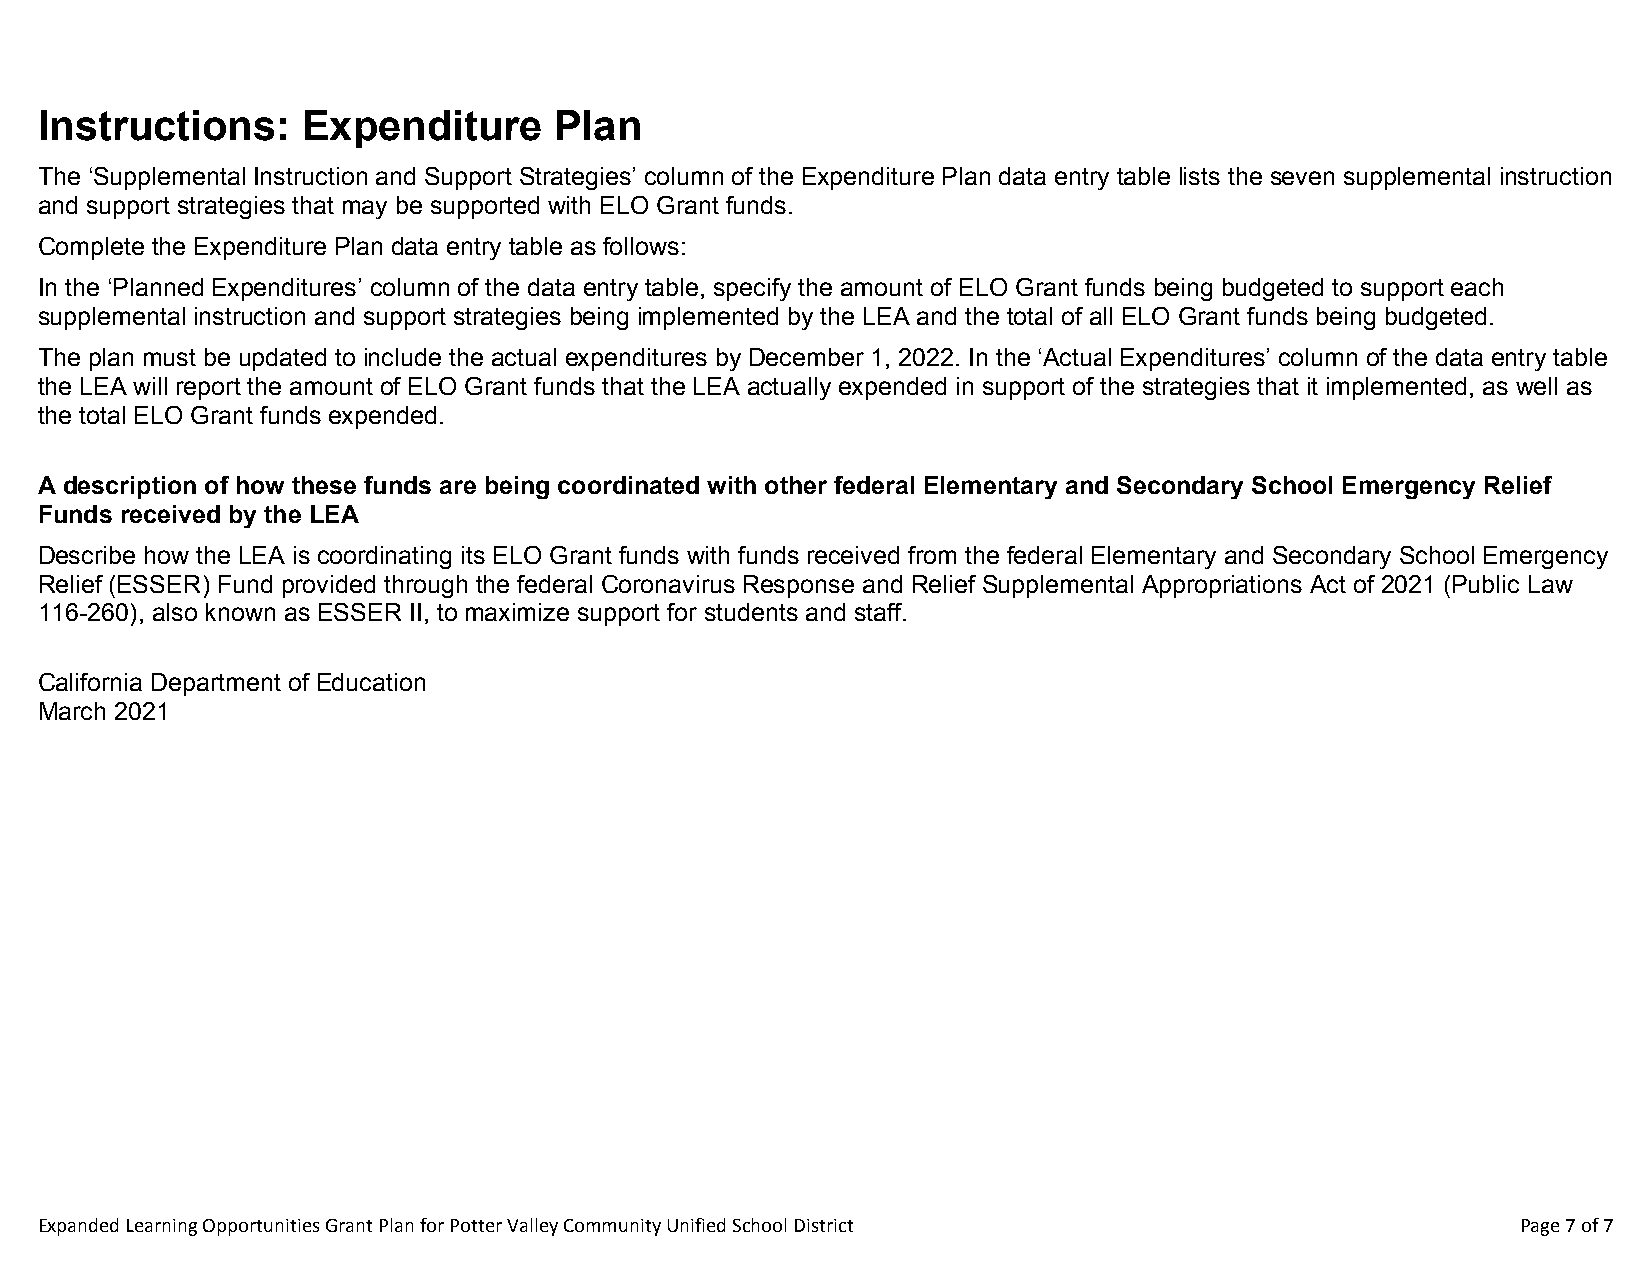
Instructions:     Expenditure      Plan
 The ‘Supplemental Instruction and Support Strategies’ column of the Expenditure Plan data entry table lists the seven supplemental instruction
 and support strategies that may be supported with ELO Grant funds.
 Complete the Expenditure Plan data entry table as follows:
 In the ‘Planned Expenditures’ column of the data entry table, specify the amount of ELO Grant funds being budgeted to support each
 supplemental instruction and support strategies being implemented by the LEA and the total of all ELO Grant funds being budgeted.
 The plan must be updated to include the actual expenditures by December 1, 2022. In the ‘Actual Expenditures’ column of the data entry table
 the LEA will report the amount of ELO Grant funds that the LEA actually expended in support of the strategies that it implemented, as well as
 the total ELO Grant funds expended.
 A description of how these funds are being coordinated with other federal Elementary and Secondary School Emergency Relief
 Funds received by the LEA
 Describe how the LEA is coordinating its ELO Grant funds with funds received from the federal Elementary and Secondary School Emergency
 Relief (ESSER) Fund provided through the federal Coronavirus Response and Relief Supplemental Appropriations Act of 2021 (Public Law
 116-260), also known as ESSER II, to maximize support for students and staff.
 California Department of Education
 March 2021
 Expanded Learning Opportunities Grant Plan for Potter Valley Community Unified School District     Page 7 of 7